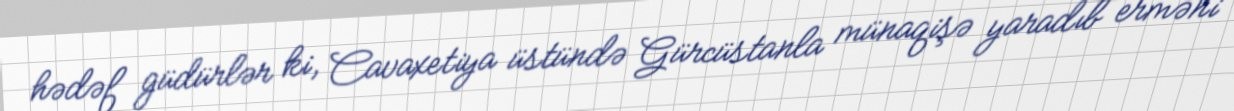
hədəf güdürlər ki, Cavaxetiya üstündə Gürcüstanla münaqişə yaradıb erməni